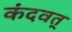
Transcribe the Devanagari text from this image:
कंदवत्‌